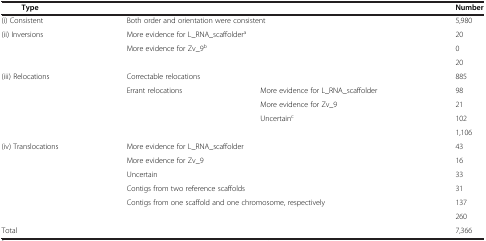
<table><thead><tr><td><b>Type</b></td><td colspan="2"><b> </b></td><td><b>Number</b></td></tr></thead><tbody><tr><td>(i) Consistent</td><td colspan="2">Both order and orientation were consistent</td><td>5,980</td></tr><tr><td rowspan="3">(ii) Inversions</td><td colspan="2">More evidence for L_RNA_scaffolder<sup>a</sup></td><td>20</td></tr><tr><td colspan="2">More evidence for Zv_9<sup>b</sup></td><td>0</td></tr><tr><td colspan="2"> </td><td>20</td></tr><tr><td rowspan="5">(iii) Relocations</td><td colspan="2">Correctable relocations</td><td>885</td></tr><tr><td rowspan="3">Errant relocations</td><td>More evidence for L_RNA_scaffolder</td><td>98</td></tr><tr><td>More evidence for Zv_9</td><td>21</td></tr><tr><td>Uncertain<sup>c</sup></td><td>102</td></tr><tr><td colspan="2"> </td><td>1,106</td></tr><tr><td rowspan="6">(iv) Translocations</td><td colspan="2">More evidence for L_RNA_scaffolder</td><td>43</td></tr><tr><td colspan="2">More evidence for Zv_9</td><td>16</td></tr><tr><td colspan="2">Uncertain</td><td>33</td></tr><tr><td colspan="2">Contigs from two reference scaffolds</td><td>31</td></tr><tr><td colspan="2">Contigs from one scaffold and one chromosome, respectively</td><td>137</td></tr><tr><td colspan="2"> </td><td>260</td></tr><tr><td>Total</td><td colspan="2"> </td><td>7,366</td></tr></tbody></table>